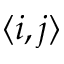
\langle i , j \rangle